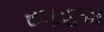
રાકછમ